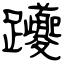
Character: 躨